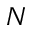
N